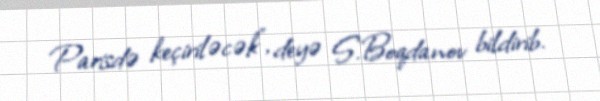
Parisdə keçiriləcək”, deyə S.Boqdanov bildirib.